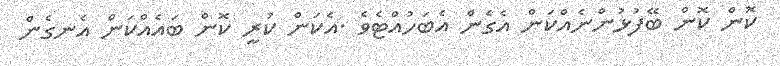
ކޮން ކޮން ބޭފުޅުންނެއްކަން އެގެން އެބަހުއްޓެވެ .އެކަން ކުރީ ކޮން ބައެއްކަން އެނގެން